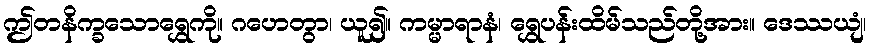
ဤတနိက္ခသောရွှေကို။ ဂဟေတွာ၊ ယူ၍။ ကမ္မာရာနံ၊ ရွှေပန်းထိမ်သည်တို့အား။ ဒေဿယျံ၊